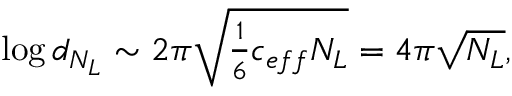
\log d _ { N _ { L } } \sim { 2 \pi \sqrt { \textstyle { \frac { 1 } { 6 } } c _ { e f f } N _ { L } } } = 4 \pi \sqrt { N _ { L } } ,